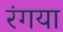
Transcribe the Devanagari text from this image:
रंगया